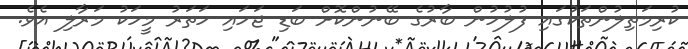
ކުރިމަތިލުންތަކުގައި ފުލުހުން ބާރުގެ ބޭނުންކޮށް ބަޑި ޖަހައި ހަތަރު މީހަކު މަރާލި އެވެ.